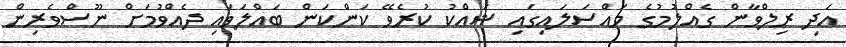
އަދި ރިލްވާން ގެއްލުމުގެ މައްސަލައިގައި ޝައްކު ކުރެވޭ ކަންކަން ބައްލަވައި ދެއްވުމަށް ނޫސްވެރިން